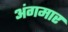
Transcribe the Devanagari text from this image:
अंगमार